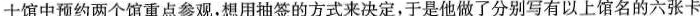
士馆中预约两个馆重点参观，想用抽签的方式来决定，于是他做了分别写有以上馆名的六张卡